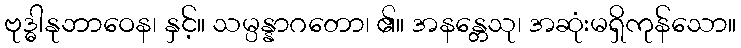
ဗုဒ္ဓါနုဘာဝေန၊ နှင့်။ သမ္ပန္နာဂတော၊ ၏။ အနန္တေသု၊ အဆုံးမရှိကုန်သော။